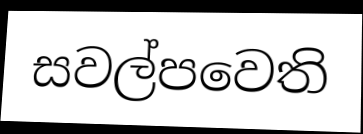
සවල්පවෙති